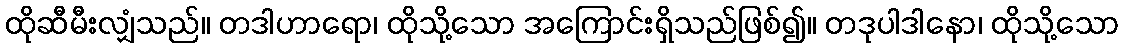
ထိုဆီမီးလျှံသည်။ တဒါဟာရော၊ ထိုသို့သော အကြောင်းရှိသည်ဖြစ်၍။ တဒုပါဒါနော၊ ထိုသို့သော